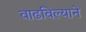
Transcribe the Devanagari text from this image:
वाढविल्याने